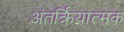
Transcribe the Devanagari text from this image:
अंतर्क्रियात्मक